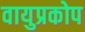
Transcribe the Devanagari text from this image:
वायुप्रकोप